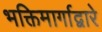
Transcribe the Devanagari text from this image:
भक्तिमार्गाद्वारे